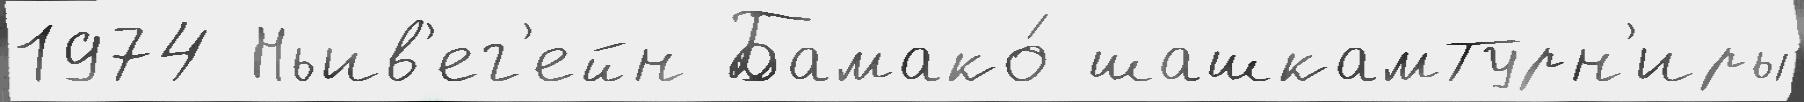
1974 Ньив'ег'ейн Бамако́ шашкамТурн'иры